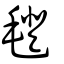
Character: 㲪